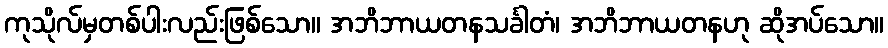
ကုသိုလ်မှတစ်ပါးလည်းဖြစ်သော။ အဘိဘာယတနသင်္ခါတံ၊ အဘိဘာယတနဟု ဆိုအပ်သော။